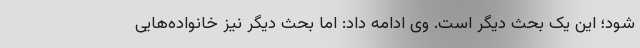
شود؛ این یک بحث دیگر است. وی ادامه داد: اما بحث دیگر نیز خانواده‌هایی